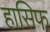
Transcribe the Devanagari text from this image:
हासिफ